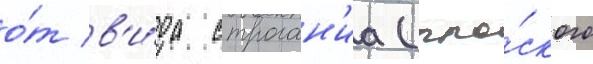
о́т в'и́да строган'иа (пло́ского